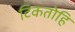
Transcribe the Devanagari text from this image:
टिकतोहि